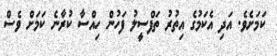
ކަމަށެވެ. އަދި އެކަމުގެ އިތުރު ތަފްސީލު ފަހުން ހިއްސާ ކުރާނެ ކަމަށް ވެސް